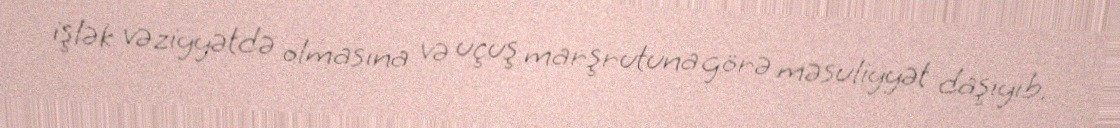
işlək vəziyyətdə olmasına və uçuş marşrutuna görə məsuliyyət daşıyıb.